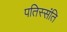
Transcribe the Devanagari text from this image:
पतिस्संति